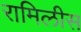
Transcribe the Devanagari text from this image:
रामिलीस